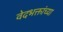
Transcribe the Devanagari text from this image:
वेदभक्तांच्या